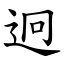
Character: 迥